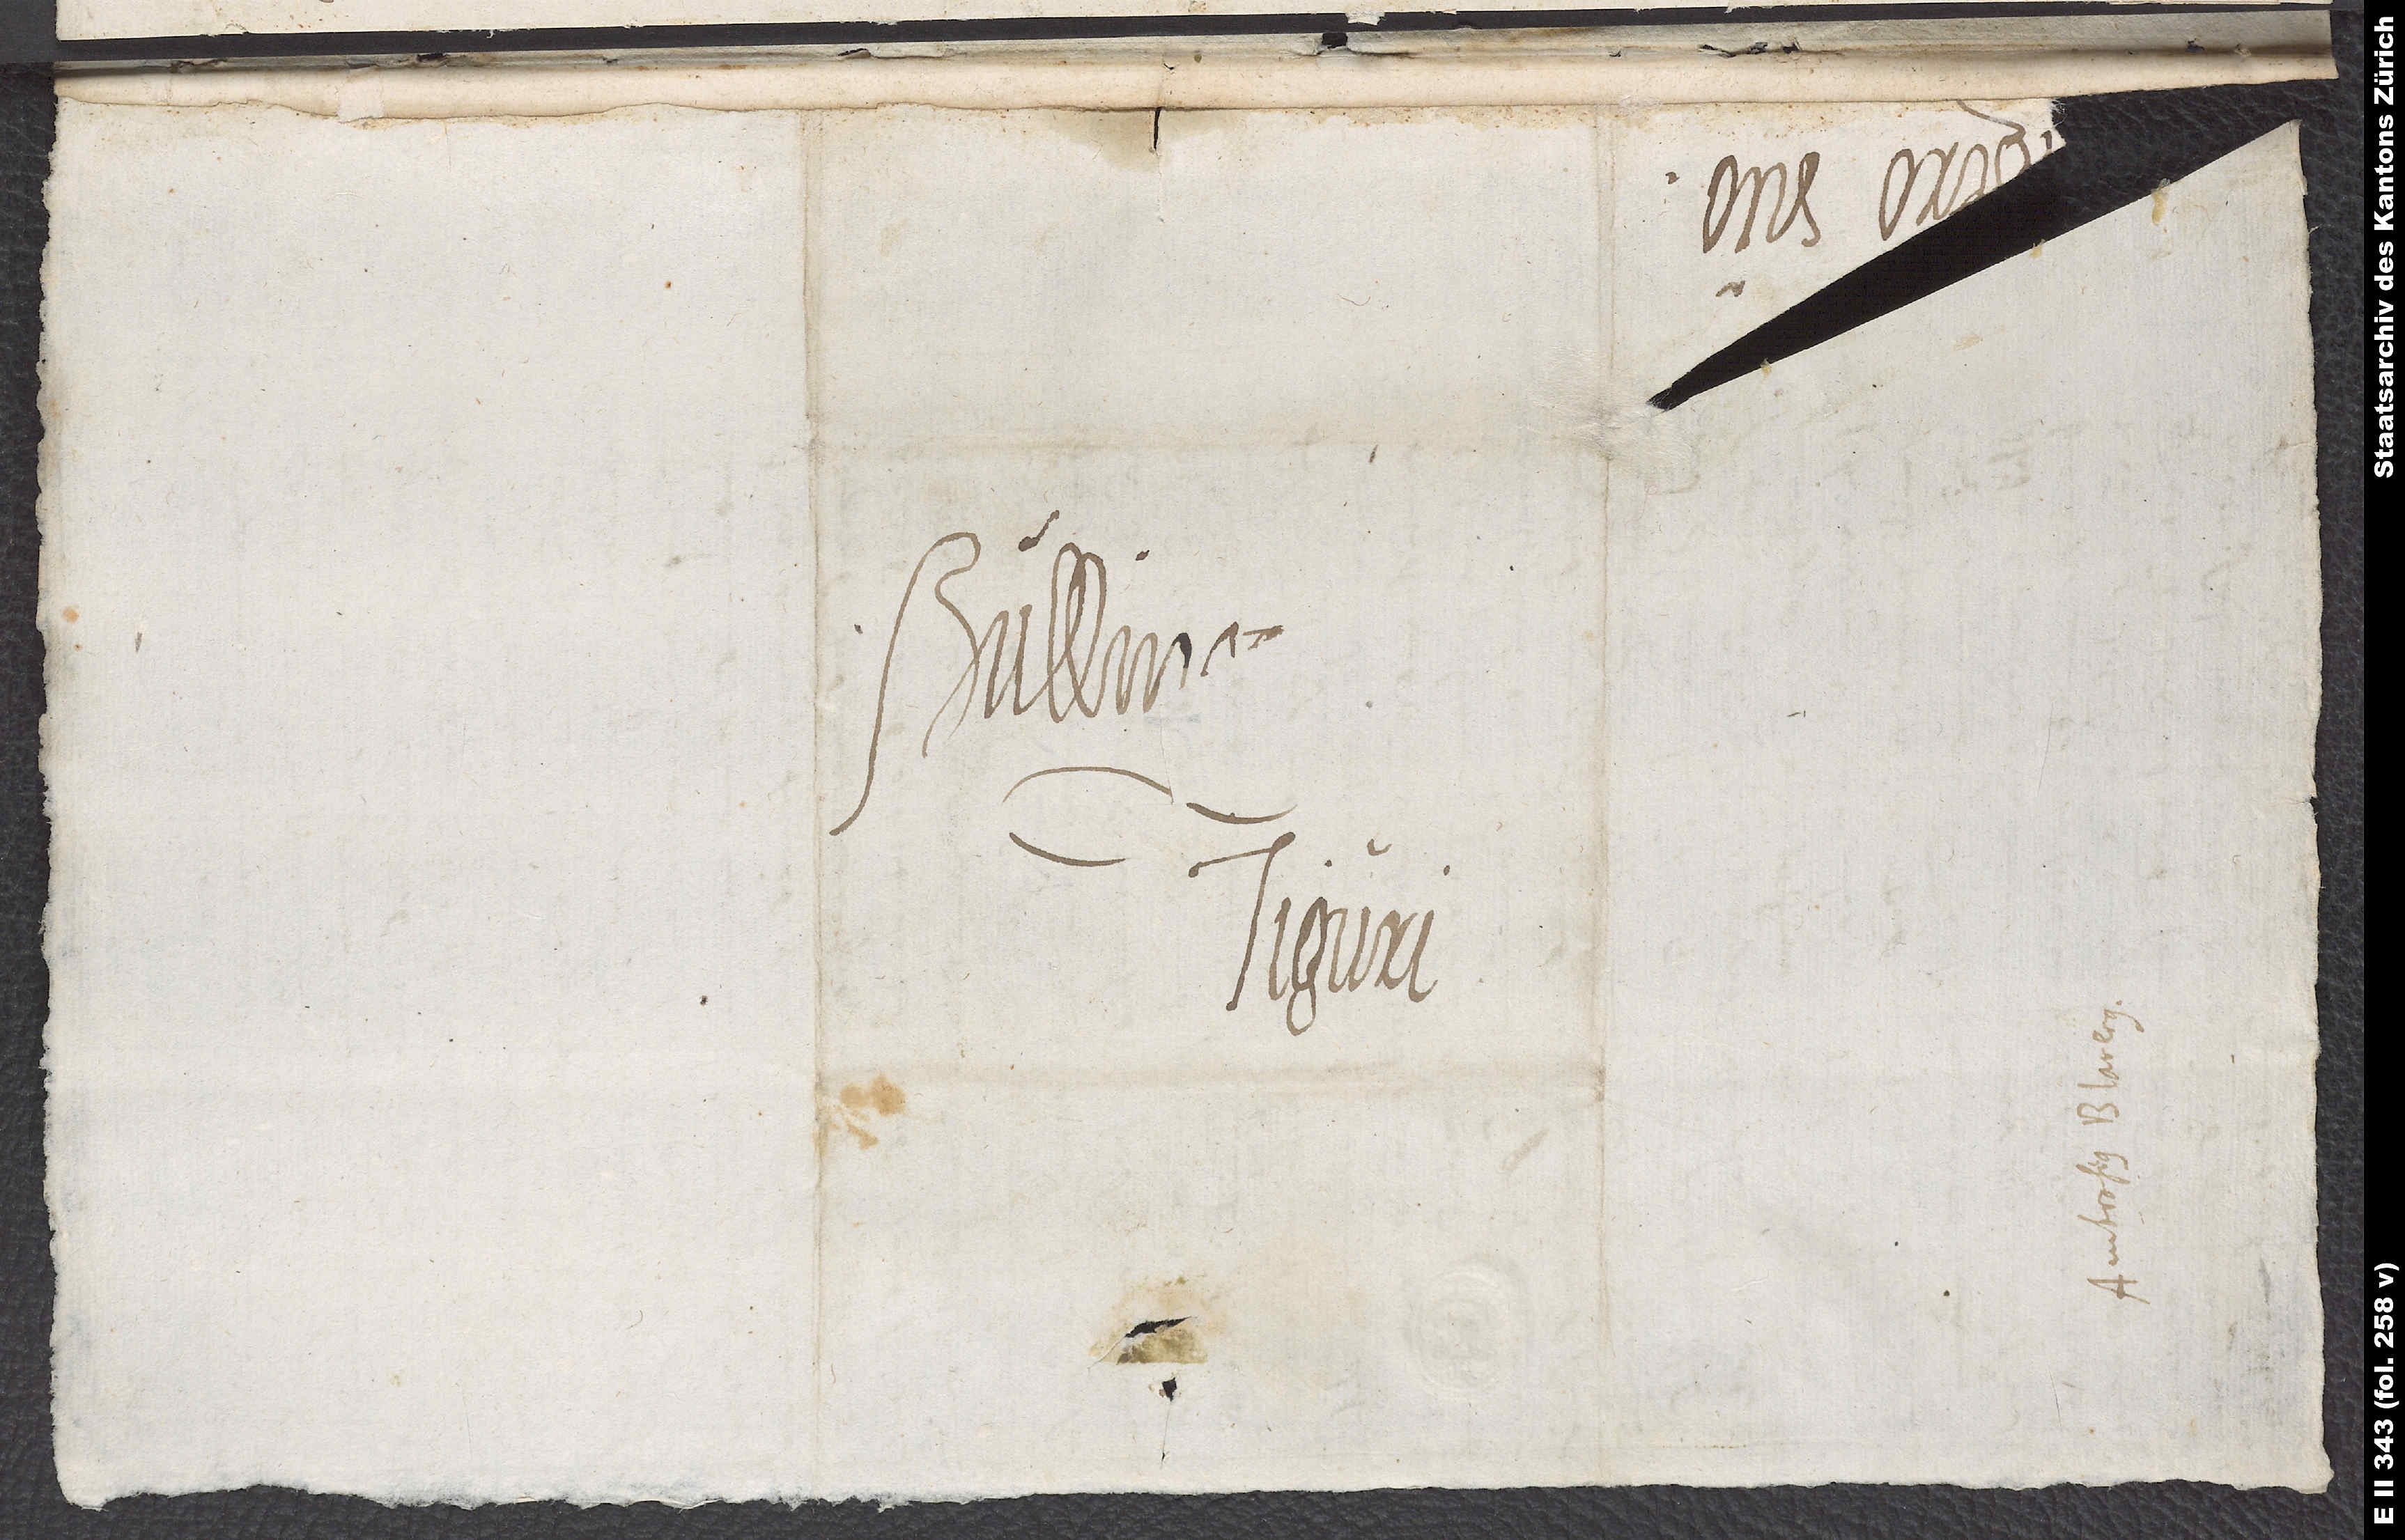
S.

Tiguri.